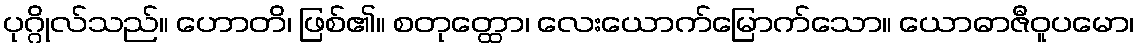
ပုဂ္ဂိုလ်သည်။ ဟောတိ၊ ဖြစ်၏။ စတုတ္ထော၊ လေးယောက်မြောက်သော။ ယောဓာဇီဝူပမော၊